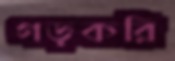
গড়করি